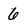
Character: 6